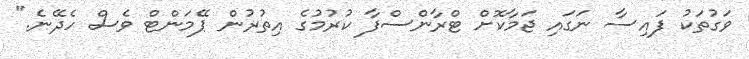
ވަގުތަކު ފައިސާ ނަގައި ޖަމާކޮށް ޓްރާންސްފާ ކުރުމުގެ އިތުރުން ޕޭމަންޓް ވެސް ހެދޭނެ."